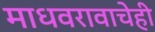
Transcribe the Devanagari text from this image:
माधवरावाचेही